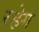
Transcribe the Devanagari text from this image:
रहेग